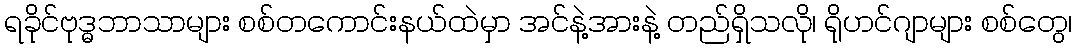
ရခိုင်ဗုဒ္ဓဘာသာများ စစ်တကောင်းနယ်ထဲမှာ အင်နဲ့အားနဲ့ တည်ရှိသလို၊ ရိုဟင်ဂျာများ စစ်တွေ၊